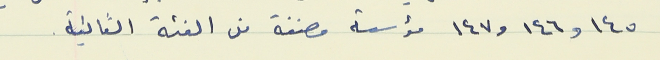
١٤٥ و١٤٦ و١٤٧ مؤسسة مصنفة من الفئة الثانية.